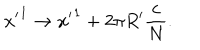
LaTeX: { x ^ { \prime } } ^ { 1 } \rightarrow { x ^ { \prime } } ^ { 1 } + 2 \pi R ^ { \prime } \frac { c } { N } .